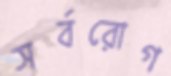
সর্বরোগ